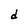
Character: d